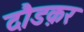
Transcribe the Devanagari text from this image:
दौडक़र